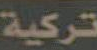
تركية